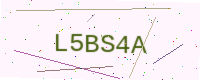
Text: L5BS4A